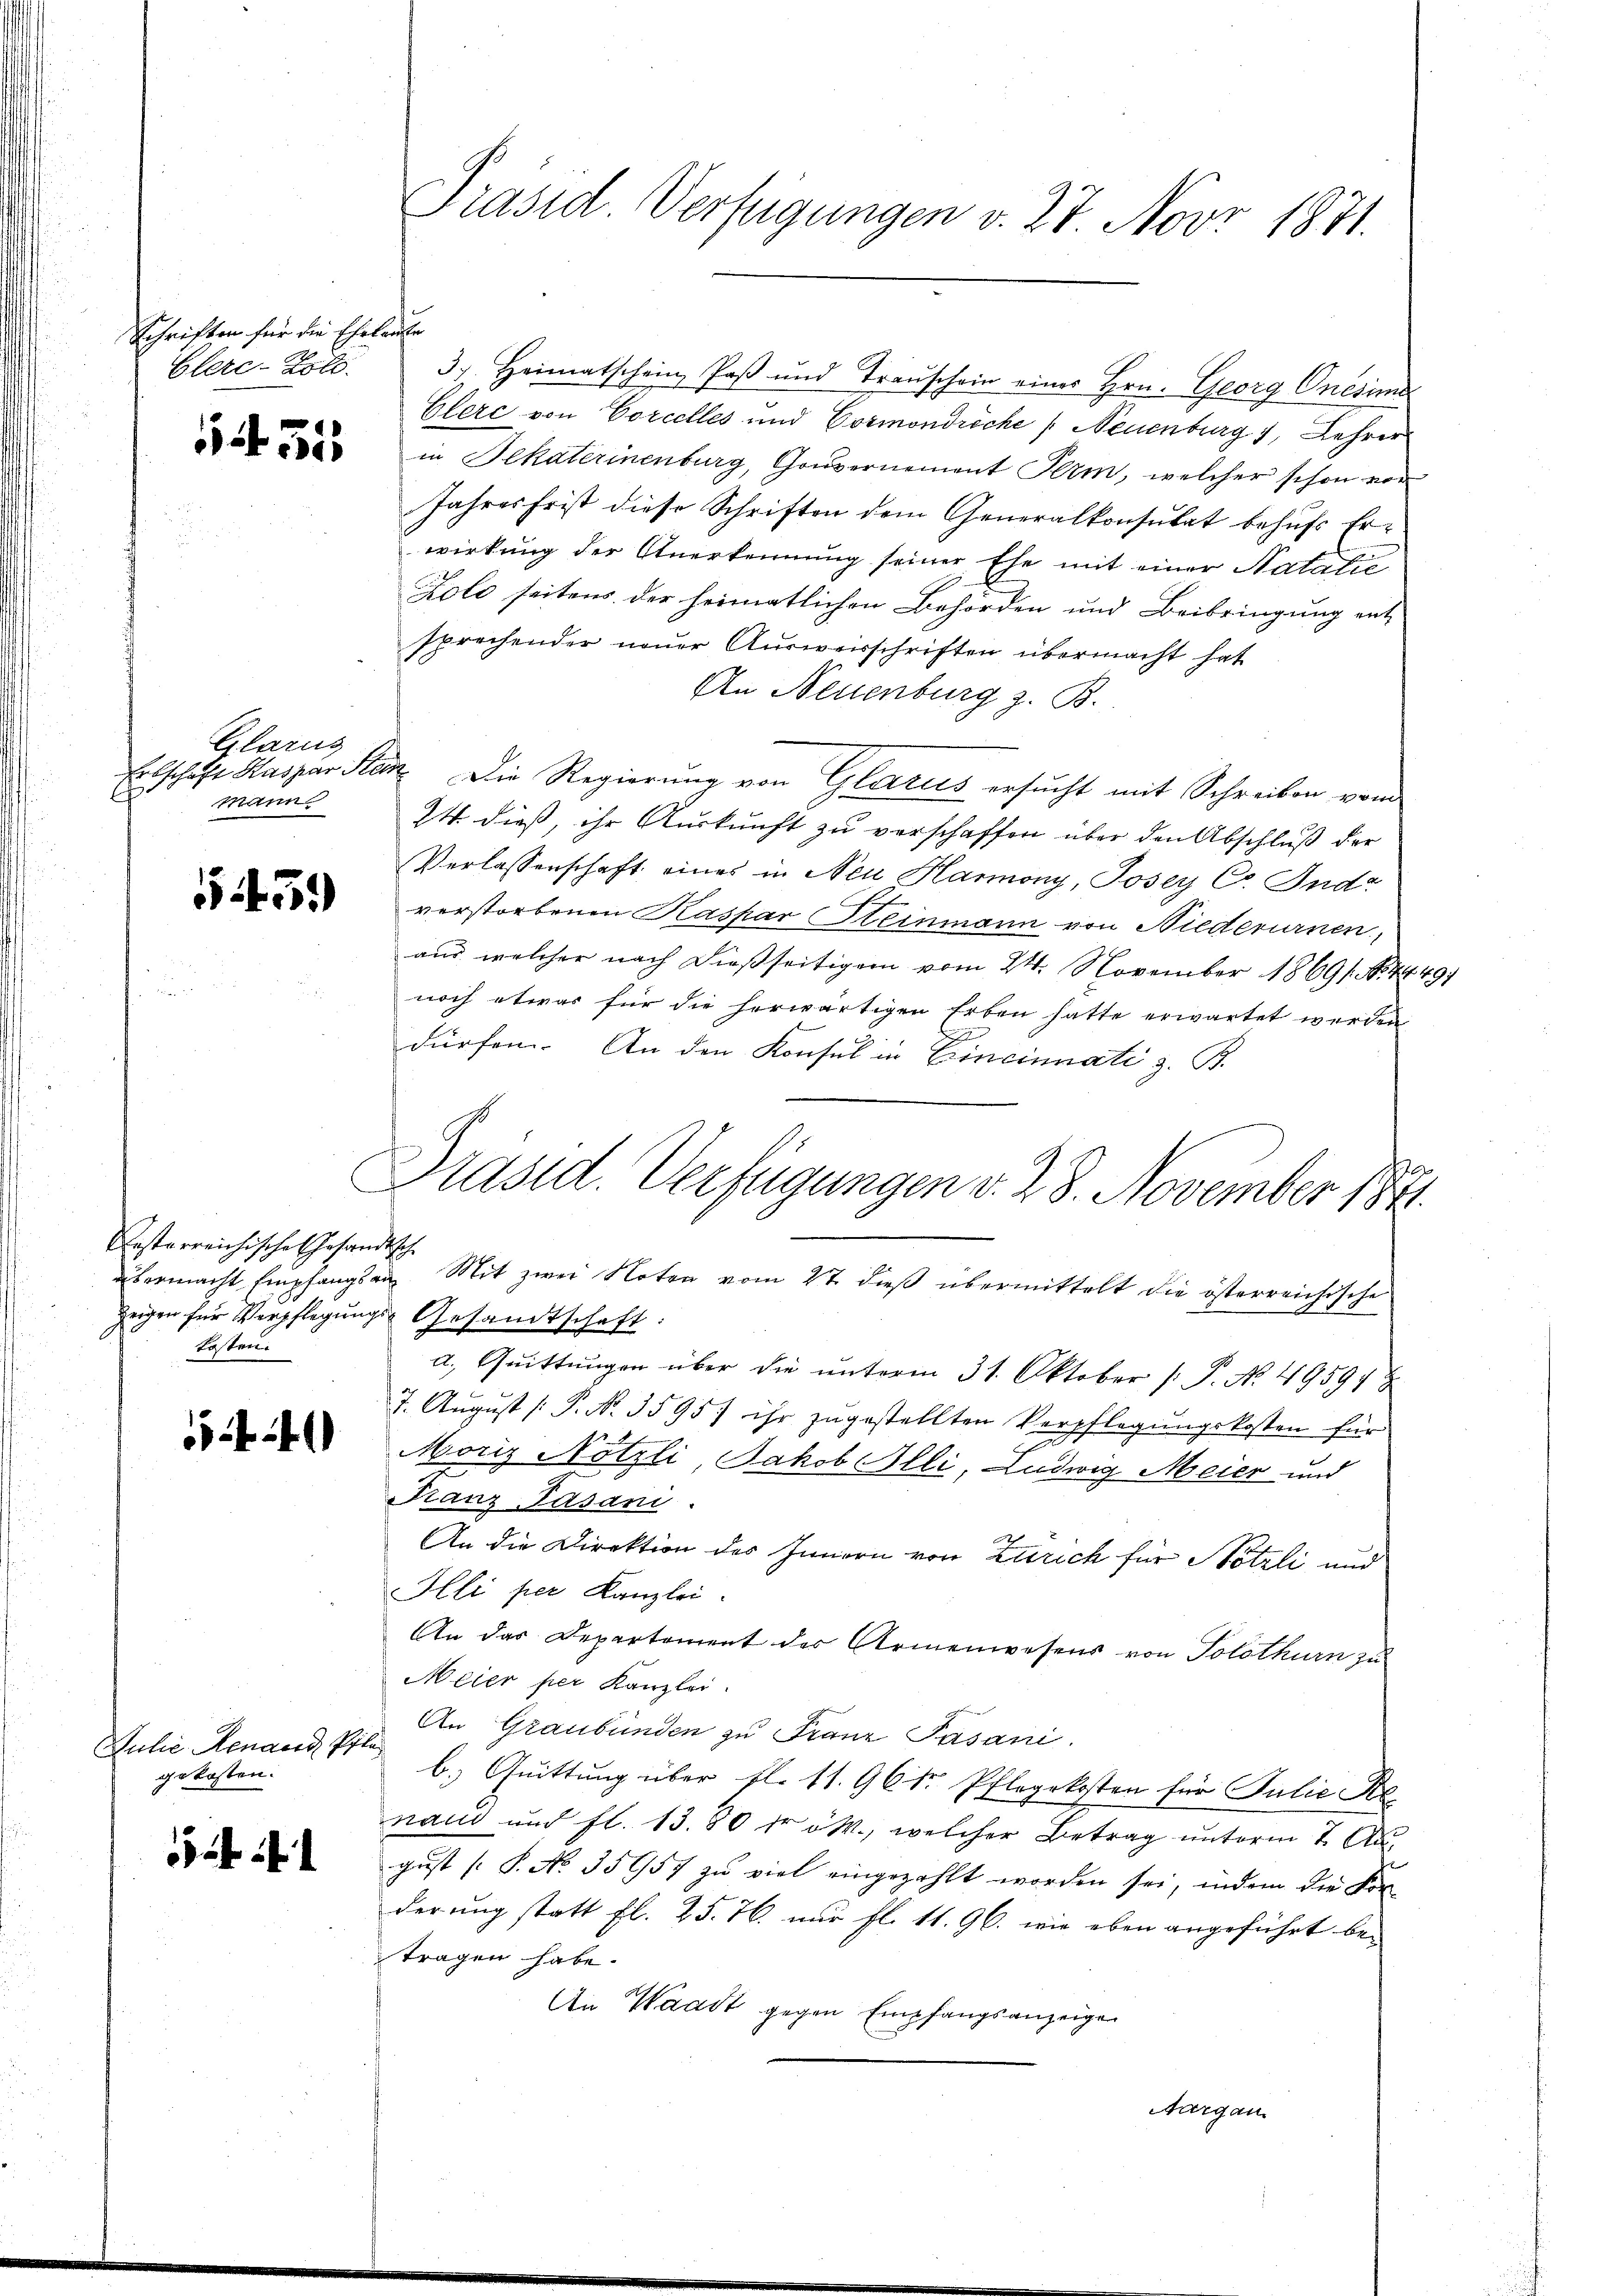
Schriften für die Eheleute

54. 51

Glarus
l
Mann

545.

Restarreichisches Gesandtisch
kosten.

441)

Julie Renaud, Pfla
gekosten.

Clerc-Zold. 3. Heimatschein Paß und Traŭschein eines Hrn. Georg Onesima
Elerc von Corcelles und Cormondreche (Neuenburg 1, Lehrer
in Bekaterinenburg, Gouvernement Perm, welcher schon von
Jahresfrist diese Schriften dem Generalkonsulat behŭfs Er-
wirkung der Anerkennung seiner Ehe mit einer Natatie
Zolo seitens der heimatlichen Behörden und Beibringung ent
sprechender neuer Ausweisschriften übermacht hat
An Neuenburg z. B.
Erbschaft Kaspar Stan. Die Regierung von Glarus ersucht mit Schreiben vom
24 dieß, ihr Auskunft zu verschaffen über den Abschluß der
Verlassenschaft eines in Neu Hannony, Josey Co. Ind
verstorbenen Kaspar Steinmann von Niederurnen,
aus welcher nach dießseitigem vom 24. November 18691. 1444.
noch etwas für die herwärtigen Erben hatte erwartet werden
d
dürfen. An den Konsul in Cincinati z. B.
10
Präsid. Verfügungen v. 28. November 1841.
übermacht Empfangsan. Mit zwei Noten vom 27. dieß übermittelt die österreichische
zeigen für Verpflegungs-Gesandtschaft.
a. Quittungen über die unterm 31. Oktober [ P. No. 49597
7. August [P. No. 3595) ihr zugestellten Verpflegŭngskosten für
f
Moriz Nötzli, Jakob Illi, Ludwig Meier und
Franz Pasani.
An die Direktion des Innern von Zürich für Nötzli und
Illi per Kanzlei.
An das Departement der Armenwesens von Solothurn zu
Meier per Kanzlei.
An Graubünden zu Franz Pasani
b. Quittung über fl. 11. 96 1r Pflegekosten für Julie Re
nand und fl. 13. 80 fr 5 M., welcher Betrag unterm 7. August [S. No. 35957 zu viel eingezahlt worden sei, indem die Kor-
derung statt fl. 25. 76. nur fl. 11. 96. wie eben angeführt be-
tragen habe.
An Waadt gegen Empfangsanzeigen
Aargau

Präsid. Verfügungen v. 27. Nov 1871.